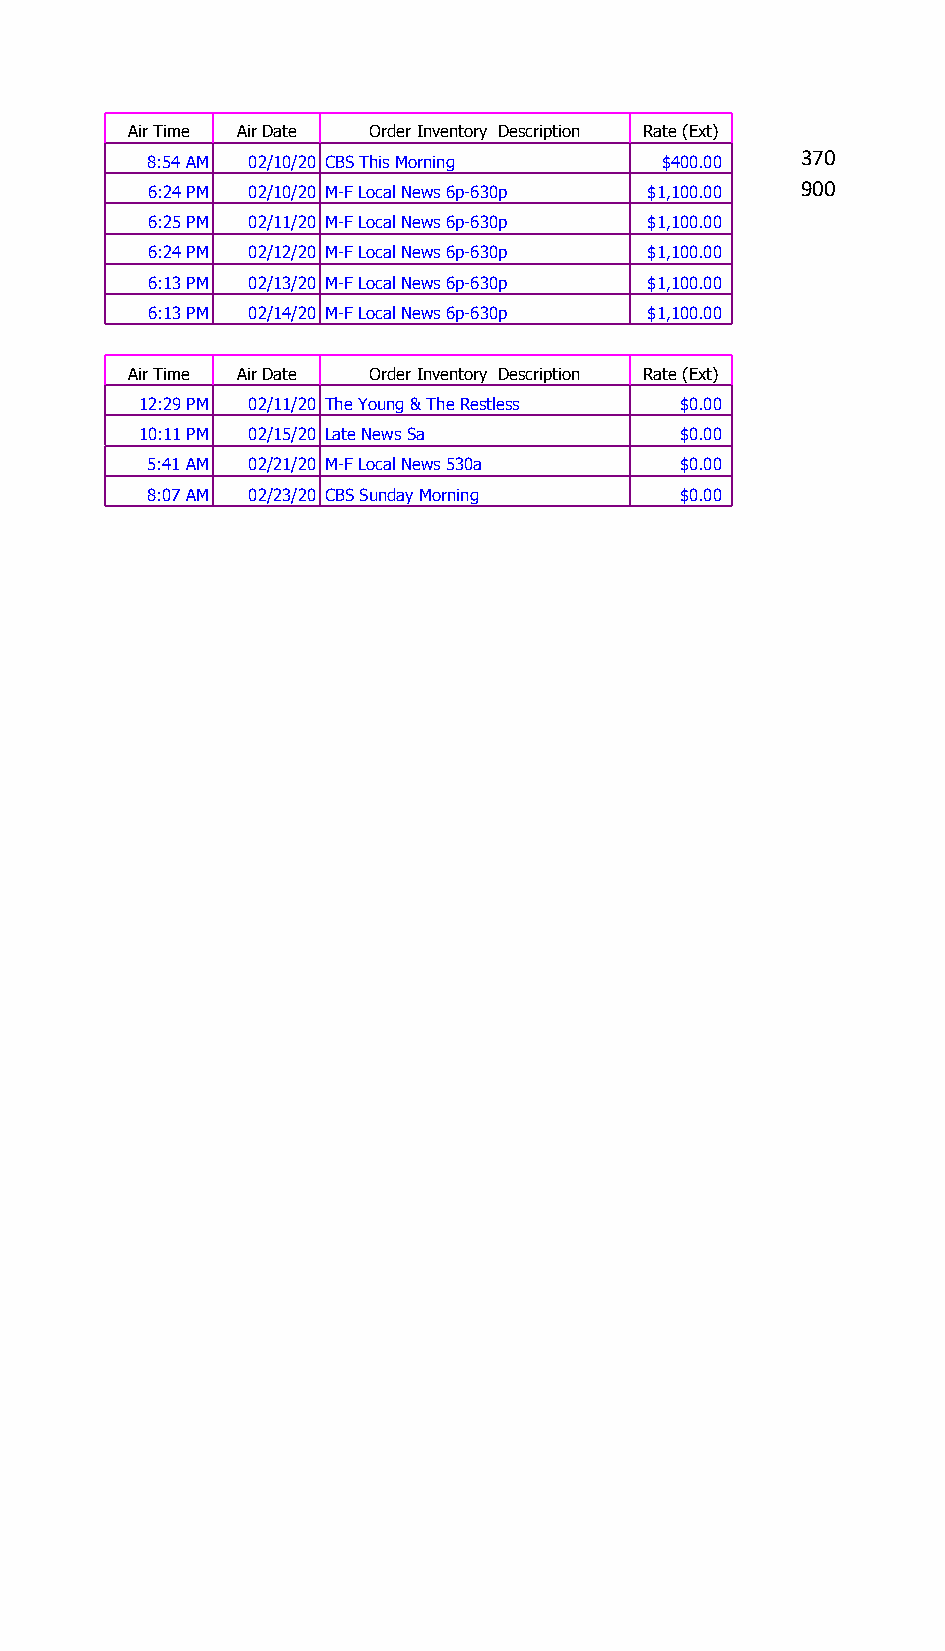
Air Time Air Date Order Inventory Description Rate (Ext)
 370
 8:54 AM 02/10/20 CBS This Morning $400.00
 900
 6:24 PM 02/10/20 M-F Local News 6p-630p $1,100.00
 6:25 PM 02/11/20 M-F Local News 6p-630p $1,100.00
 6:24 PM 02/12/20 M-F Local News 6p-630p $1,100.00
 6:13 PM 02/13/20 M-F Local News 6p-630p $1,100.00
 6:13 PM 02/14/20 M-F Local News 6p-630p $1,100.00
 Air Time Air Date Order Inventory Description Rate (Ext)
 12:29 PM 02/11/20 The Young & The Restless $0.00
 10:11 PM 02/15/20 Late News Sa      $0.00
 5:41 AM 02/21/20 M-F Local News 530a $0.00
 8:07 AM 02/23/20 CBS Sunday Morning $0.00